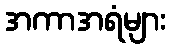
အကာအရံများ